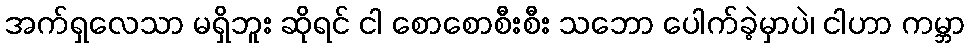
အက်ရှလေသာ မရှိဘူး ဆိုရင် ငါ စောစောစီးစီး သဘော ပေါက်ခဲ့မှာပဲ၊ ငါဟာ ကမ္ဘာ